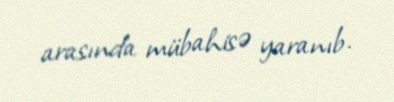
arasında mübahisə yaranıb.